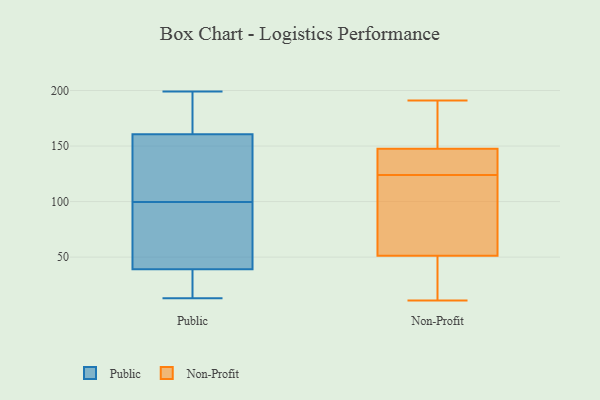
{"axis": {"x": "Bounce Rate (%)", "y": "Value"}, "legend": ["Non-Profit", "Public"], "data": [{"x": "", "y": 171, "type": "Public"}, {"x": "", "y": 30, "type": "Public"}, {"x": "", "y": 16, "type": "Public"}, {"x": "", "y": 13, "type": "Public"}, {"x": "", "y": 100, "type": "Public"}, {"x": "", "y": 160, "type": "Public"}, {"x": "", "y": 168, "type": "Public"}, {"x": "", "y": 120, "type": "Public"}, {"x": "", "y": 199, "type": "Public"}, {"x": "", "y": 59, "type": "Public"}, {"x": "", "y": 161, "type": "Public"}, {"x": "", "y": 83, "type": "Public"}, {"x": "", "y": 34, "type": "Public"}, {"x": "", "y": 99, "type": "Public"}, {"x": "", "y": 44, "type": "Public"}, {"x": "", "y": 104, "type": "Public"}, {"x": "", "y": 102, "type": "Public"}, {"x": "", "y": 64, "type": "Public"}, {"x": "", "y": 13, "type": "Public"}, {"x": "", "y": 192, "type": "Public"}, {"x": "", "y": 191, "type": "Non-Profit"}, {"x": "", "y": 54, "type": "Non-Profit"}, {"x": "", "y": 164, "type": "Non-Profit"}, {"x": "", "y": 56, "type": "Non-Profit"}, {"x": "", "y": 38, "type": "Non-Profit"}, {"x": "", "y": 144, "type": "Non-Profit"}, {"x": "", "y": 11, "type": "Non-Profit"}, {"x": "", "y": 43, "type": "Non-Profit"}, {"x": "", "y": 126, "type": "Non-Profit"}, {"x": "", "y": 135, "type": "Non-Profit"}, {"x": "", "y": 124, "type": "Non-Profit"}, {"x": "", "y": 81, "type": "Non-Profit"}, {"x": "", "y": 158, "type": "Non-Profit"}]}